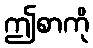
ဤစာကို